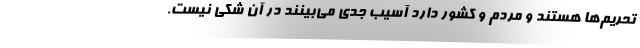
تحریم‌ها هستند و مردم و کشور دارد آسیب جدی می‌بینند در آن شکی نیست.